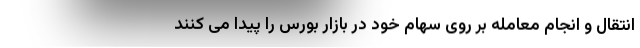
انتقال و انجام معامله بر روی سهام خود در بازار بورس را پیدا می کنند